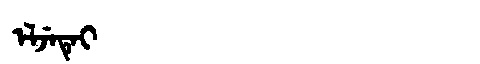
Manchu: ᡝᠯᠵᡝᡨᡝᡳ
Romanization: ELJETEI